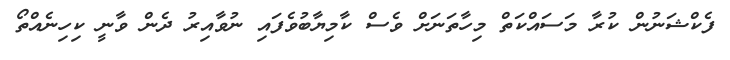
ފެކްޝަނުން ކުރާ މަސައްކަތް މިހާތަނަށް ވެސް ކާމިޔާބުވެފައި ނުވާއިރު ދެން ވާނީ ކިހިނެއްތޯ